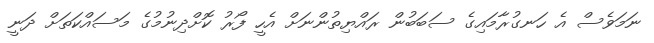
ނަމަވެސް އެ ހަނގުރާމައިގެ ސަބަބުން ރައްޔިތުންނަށް އެހީ ފޯރު ކޮށްދިނުމުގެ މަސައްކަތަށް ދަނީ